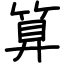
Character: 算